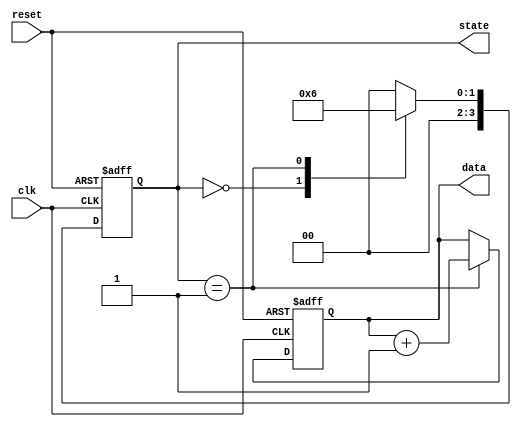
module initialization_example (
    input wire clk,          // Clock signal
    input wire reset,        // Reset signal
    output reg [7:0] data,   // 8-bit data register
    output reg [3:0] state   // 4-bit state register
);

// State encoding
localparam STATE_IDLE    = 4'b0000;
localparam STATE_ACTIVE  = 4'b0001;
localparam STATE_DONE    = 4'b0010;

// Initialization Block
always @(posedge clk or posedge reset) begin
    if (reset) begin
        // Initialize registers and state variables
        data <= 8'b00000000; // Set data register to zero
        state <= STATE_IDLE;  // Set state to IDLE
    end else begin
        // Main operation logic (to be defined)
        // For example, you could include state transitions here
        case (state)
            STATE_IDLE: begin
                // Transition to ACTIVE state
                state <= STATE_ACTIVE;
            end
            STATE_ACTIVE: begin
                // Perform operations and then transition to DONE
                data <= data + 1; // Example operation
                state <= STATE_DONE;
            end
            STATE_DONE: begin
                // Return to IDLE state or remain in DONE
                state <= STATE_IDLE; // Example transition
            end
            default: begin
                // Default case to handle unexpected states
                state <= STATE_IDLE;
            end
        endcase
    end
end

endmodule